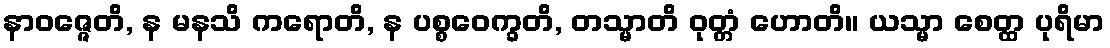
နာဝဇ္ဇေတိ, န မနသိ ကရောတိ, န ပစ္စဝေက္ခတိ, တသ္မာတိ ဝုတ္တံ ဟောတိ။ ယသ္မာ စေတ္ထ ပုရိမာ